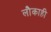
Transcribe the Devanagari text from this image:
लौकाही